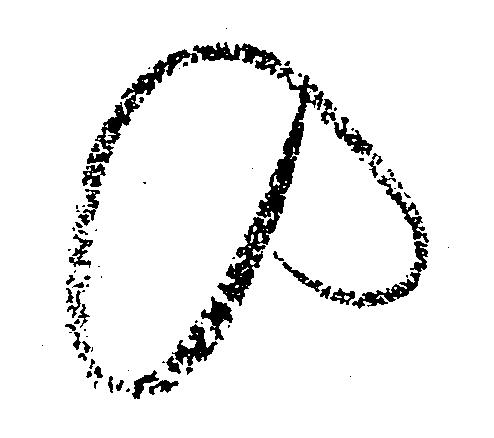
の